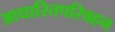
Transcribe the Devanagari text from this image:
आधारितपरिवहन